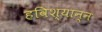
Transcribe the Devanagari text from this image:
हविश्यान्न